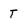
Character: T